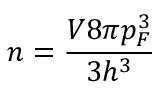
n = \frac { V 8 \pi p _ { F } ^ { 3 } } { 3 h ^ { 3 } }